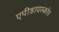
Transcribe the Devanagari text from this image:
एपीडायस्कोप